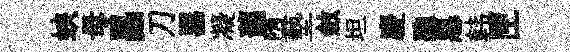
蛺母昌刀器凝藹墮墊斂坦慶聽惡韩匣